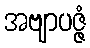
အဗျာပဇ္ဇံ